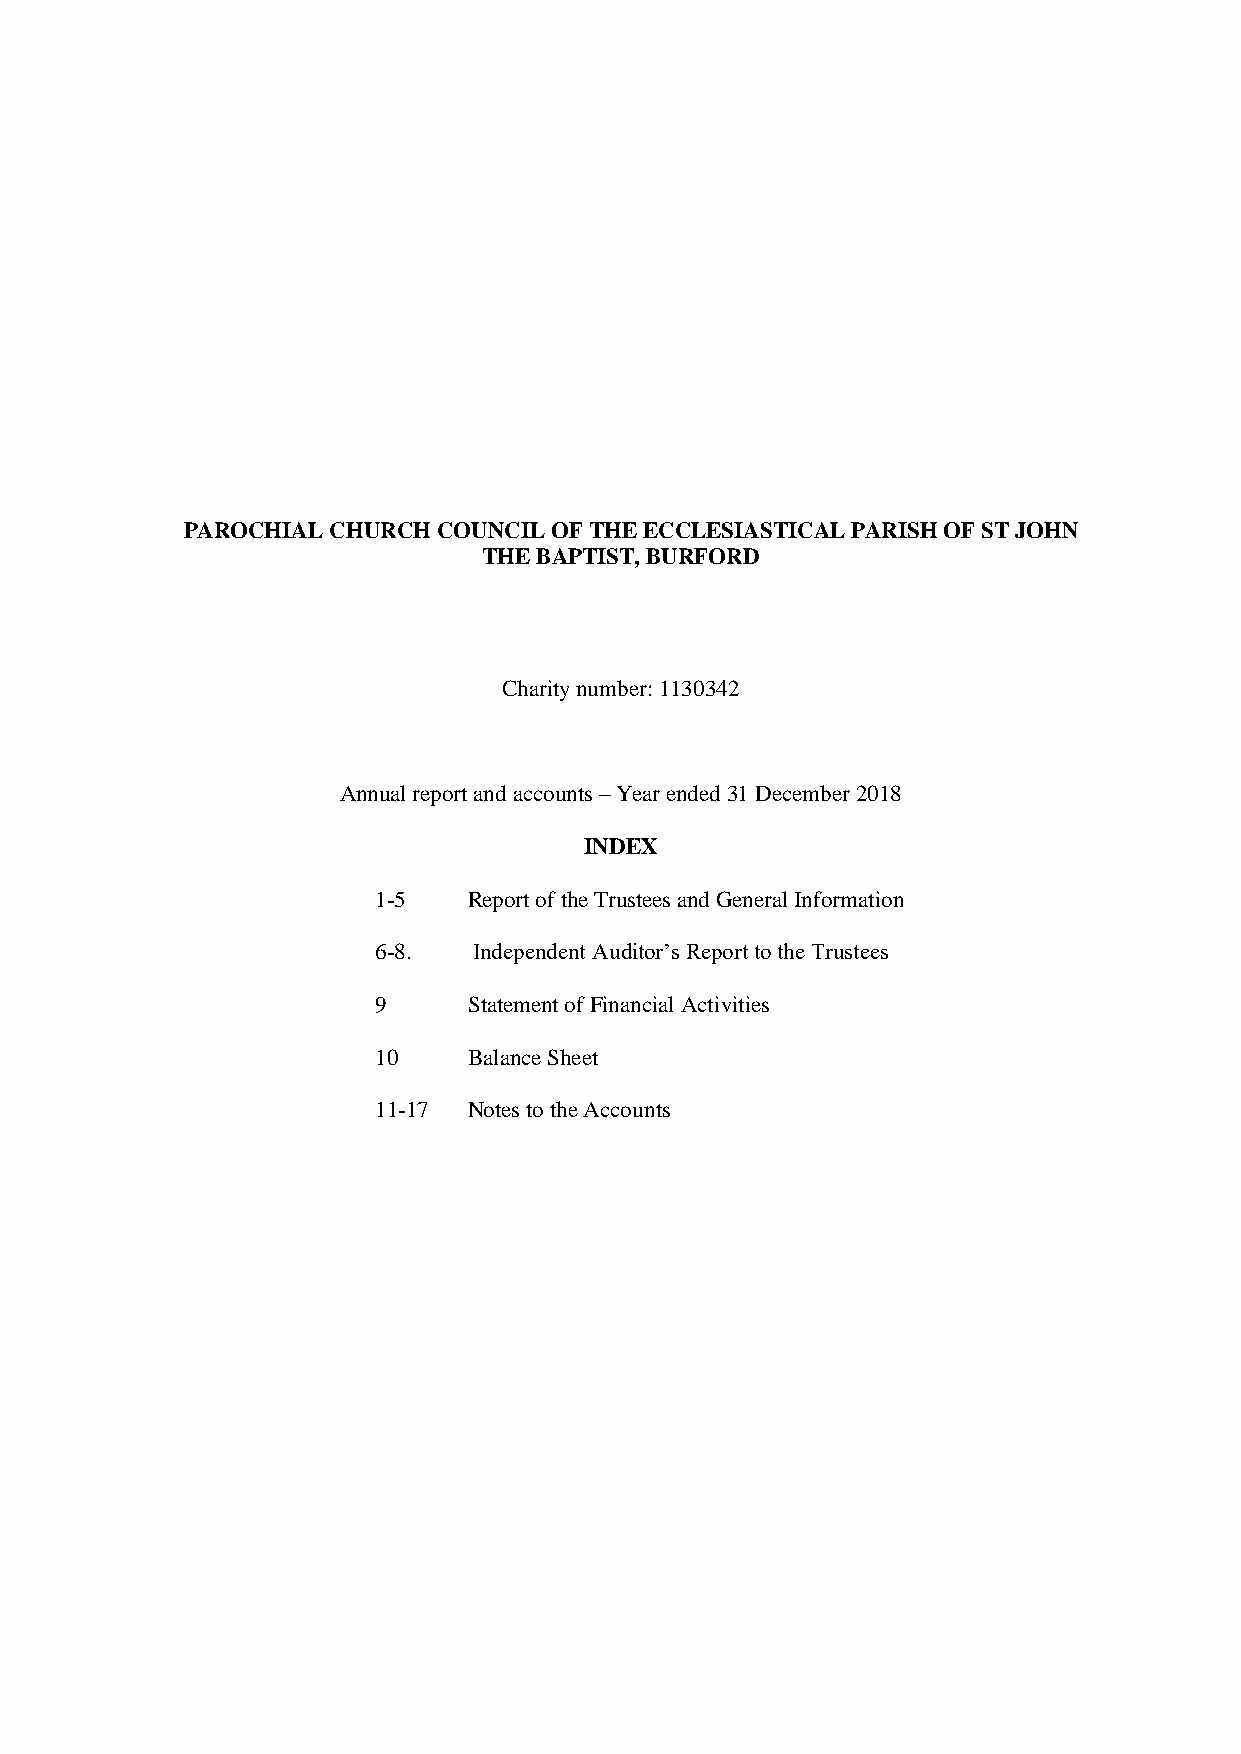
PAROCHIAL CHURCH COUNCIL OF THE ECCLESIASTICAL PARISH OF ST JOHN
 THE BAPTIST, BURFORD
 Charity number: 1130342
 Annual report and accounts – Year ended 31 December 2018
 INDEX
 1-5   Report of the Trustees and General Information
 6-8.  Independent Auditor’s Report to the Trustees
 9     Statement of Financial Activities
 10    Balance Sheet
 11-17 Notes to the Accounts